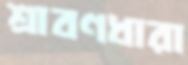
শ্রাবণধারা